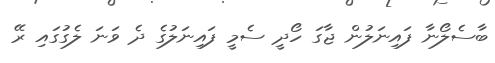
ބާސެލޯނާ ފައިނަލުން ޖާގަ ހޯދީ ސެމީ ފައިނަލުގެ ދެ ވަނަ ލެގުގައި ރޭ